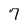
Character: 7